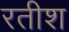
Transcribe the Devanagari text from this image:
रतीश